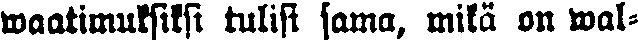
waatimuksiksi tulisi sama, mikä on wal-